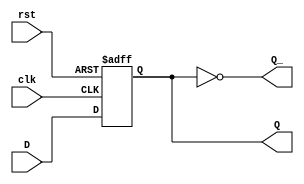
module d_flip_flop (
    input wire clk,
    input wire rst,
    input wire D,
    output reg Q,
    output reg Q_
);

always @(posedge clk or posedge rst) begin
    if (rst) begin
        Q <= 1'b0;
    end else begin
        Q <= D;
    end
end

assign Q_ = ~Q;

endmodule